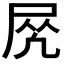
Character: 𡱲